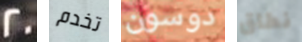
20 تخدم دوسون نطاق